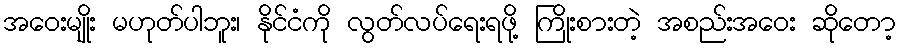
အဝေးမျိုး မဟုတ်ပါဘူး၊ နိုင်ငံကို လွတ်လပ်ရေးရဖို့ ကြိုးစားတဲ့ အစည်းအဝေး ဆိုတော့